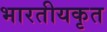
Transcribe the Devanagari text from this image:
भारतीयकृत